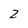
Character: 2